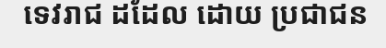
ទេវរាជ ដដែល ដោយ ប្រជាជន